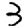
Digit: 3